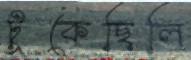
টুকেছিলি